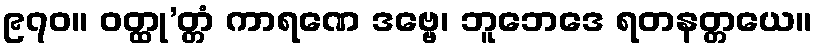
၉၇၀။ ဝတ္ထု’တ္တံ ကာရဏေ ဒဗ္ဗေ၊ ဘူဘေဒေ ရတနတ္တယေ။